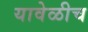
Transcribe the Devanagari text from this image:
यावेळीच